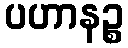
ပဟာနဉ္စ